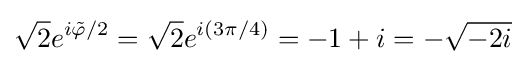
{\sqrt {2}}e^{i{\tilde {\varphi }}/2}={\sqrt {2}}e^{i(3\pi /4)}=-1+i=-{\sqrt {-2i}}